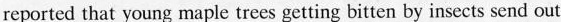
reported that young maple trees getting bitten by insects send out